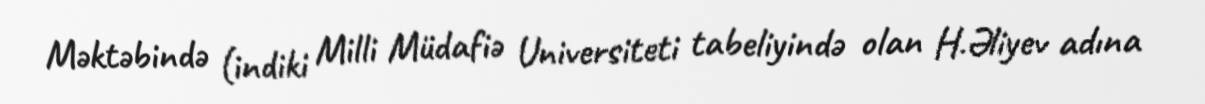
Məktəbində (indiki Milli Müdafiə Universiteti tabeliyində olan H.Əliyev adına